Vaccination in Bombay 1924-1928 - 1924-1928
Year: 1924
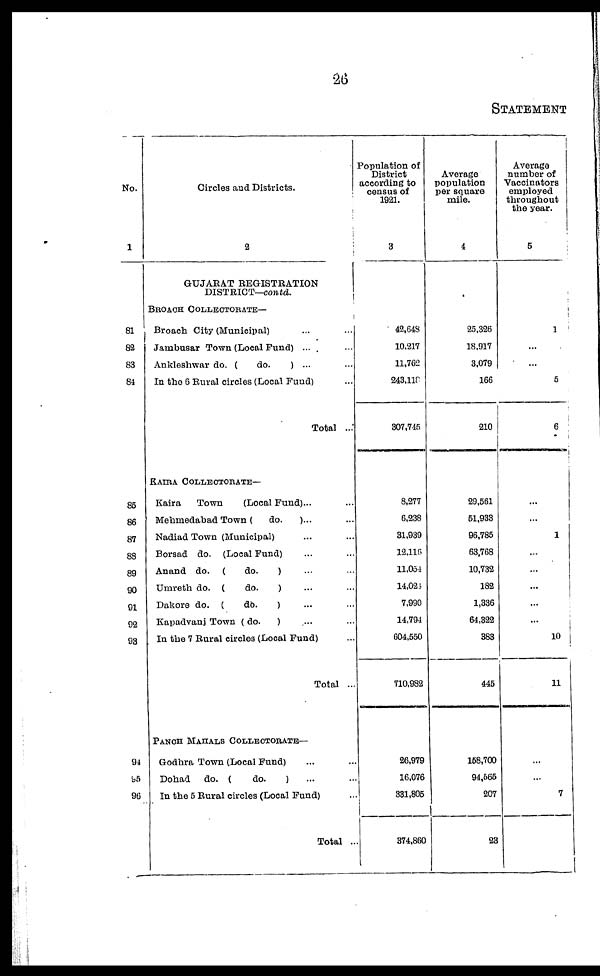
26
STATEMENT
No.
1
81
82
83
84
85
86
87
88
89
90
91
92
93
94
95
96
Circles and Districts.
2
GUJARAT REGISTRATION
DISTRICT—contd.
BROACH COLLECTORATE—
Broach City (Municipal) ... ...
Jambusar Town (Local Fund) ... ...
Ankleshwar do. (
do.
) ... ...
In the 6 Rural circles (Local Fund) ...
Total ...
KAIRA COLLECTORATE—
Kaira
Town
(Local Fund)... ...
Mehmedabad Town (
do.
)... ...
Nadiad Town (Municipal) ... ...
Borsad do. (Local Fund) ... ...
Anand do. (
do.
) ... ...
Umreth do. (
do.
) ... ...
Dakore do. (
do.
) ... ...
Kapadvanj Town ( do.
) ... ...
In the 7 Rural circles (Local Fund) ...
Total ...
PANCH MAHALS COLLECTORATE—
Godhra Town (Local Fund) ... ...
Dohad
do. (
do.
) ... ...
In the 5 Rural circles (Local Fund) ...
Total ...
Population of
District
according to
census of
1921.
3
42,648
10,217
11,762
243,118
307,745
8,277
6,238
31,939
12,116
11,054
14,024
7,990
14,794
604,550
710,982
26,979
16,076
331,805
374,860
Average
population
per square
mile.
4
25,326
18,917
3,079
166
210
29,561
51,933
96,785
63,768
10,732
182
1,336
64,322
383
445
158,700
94,565
207
23
Average
number of
Vaccinators
employed
throughout
the year.
5
1
...
...
5
6
...
...
1
...
...
...
...
...
10
11
...
...
7